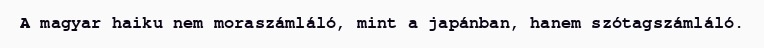
A magyar haiku nem moraszámláló, mint a japánban, hanem szótagszámláló.